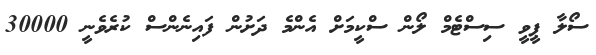
ސޯލާ ޕީވީ ސިސްޓެމް ލޯން ސްކީމަށް އެންމެ ދަށުން ފައިނެންސް ކުރެވެނީ 30000